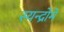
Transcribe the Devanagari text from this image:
स्यन्द्रोमे